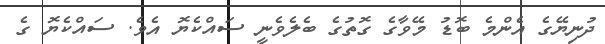
ދުނިޔޭގެ އެންމެ ބޮޑު މޭވާގެ ގޮތުގެ ބެލެވެނީ ސައްކެޔޮ އެވެ. ސައްކެޔޮ ގެ